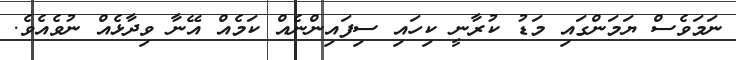
ނަމަވެސް ޔަމަންގައި މަޑު ކުރާނީ ކިހައި ސިފައިންނެއް ކަމެއް އޭނާ ވިދާޅެއް ނުވެއެވެ.